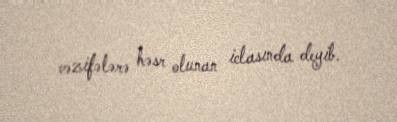
vəzifələrə həsr olunan iclasında deyib.